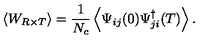
\left< W _ { R \times T } \right> = \frac { 1 } { N _ { c } } \left< \Psi _ { i j } ( 0 ) \Psi _ { j i } ^ { \dagger } ( T ) \right> .